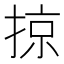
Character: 掠